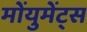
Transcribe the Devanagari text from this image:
मोंयुमेंट्स